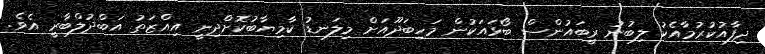
ދިފާއުކުރުމާއެކު ލިބުނު ރީބައުންސް ބޯޅައަކުން މަހިބަދޫއަށް މިލަނޑު ކާމިޔާބުކޮށްދިނީ އިއްޒަތު އަބްދުލްބާރީ އެވެ.